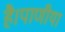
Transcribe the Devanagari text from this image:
है।पाणीया